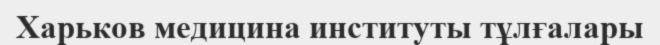
Харьков медицина институты тұлғалары